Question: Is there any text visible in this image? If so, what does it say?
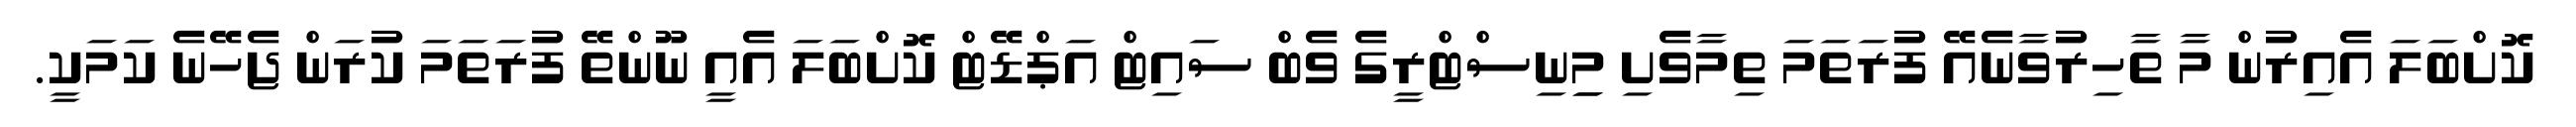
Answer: ކޮށްބަލަ އެއިރުން މާ ތާހިރުވާނެއޭ ފުރަތަމަ ތިމާވެށި މިިނިސްޓްރީގެ ވެބް ސައިޓް އަޕްޑޭޓް ކޮށްބަލަ އެއީ ނޫންތޭ ފުރަތަމަ ކުރަން ޖެހޭނެ ކަމަކީ.